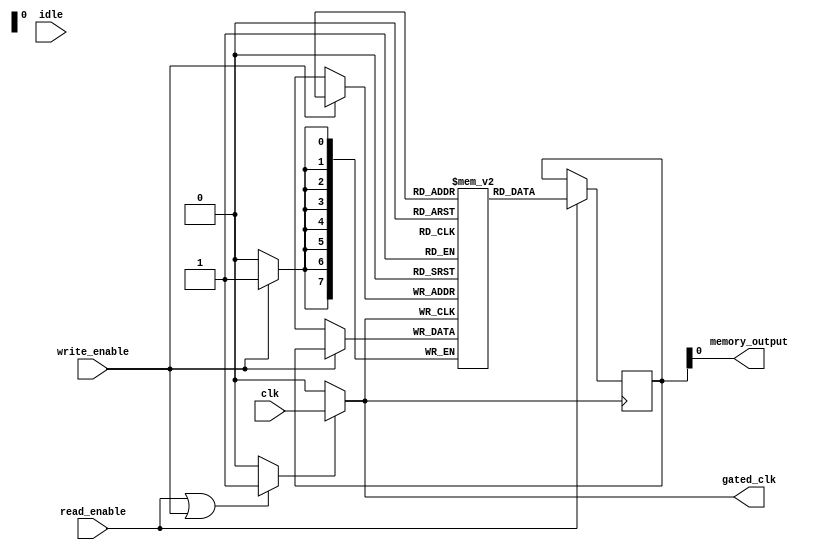
module dynamic_clock_gating (
    input wire clk,                  // Main clock signal
    input wire read_enable,          // Signal indicating read operation
    input wire write_enable,         // Signal indicating write operation
    input wire idle,                 // Signal indicating the block is idle
    output wire gated_clk,           // Gated clock signal for the memory block
    output wire memory_output         // Memory output (for demonstration)
);

// Internal signals
reg gating_signal;
wire clk_gated;

// Clock Gating Control Logic
always @(*) begin
    // Generate the gating signal based on activity
    if (read_enable || write_enable) begin
        gating_signal = 1'b1; // Active if there's a read or write
    end else begin
        gating_signal = 1'b0; // Gated if idle
    end
end

// Clock Gating Cell
assign gated_clk = gating_signal ? clk : 1'b0; // Gating the clock

// Memory Block Example (This can be a more complex structure)
reg [7:0] memory [0:255]; // Example memory array (256 bytes)
reg [7:0] data_out;        // Data output register
reg [7:0] address;         // Address register

// Memory Read/Write Operations
always @(posedge gated_clk) begin
    if (write_enable) begin
        memory[address] <= data_out; // Write operation
    end 
    if (read_enable) begin
        data_out <= memory[address]; // Read operation
    end
end

// Output the memory data
assign memory_output = data_out;

endmodule